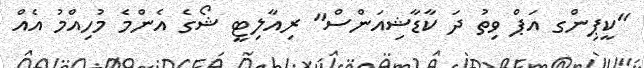
"ކީޕިންގ އަޕް ވިތު ދަ ކާޑާޝިއަންސް" ރިއާލިޓީ ޝޯގެ އެންމެ މުހިއްމު އެއް